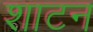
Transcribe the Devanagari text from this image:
शाटन